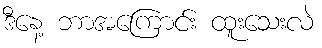
ဒီနေ့ ဘာအကြောင်း ထူးသေးလဲ